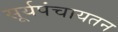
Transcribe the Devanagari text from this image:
सूर्यपंचायतन